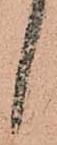
候